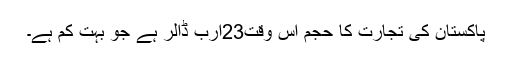
پاکستان کی تجارت کا حجم اس وقت23ارب ڈالر ہے جو بہت کم ہے۔